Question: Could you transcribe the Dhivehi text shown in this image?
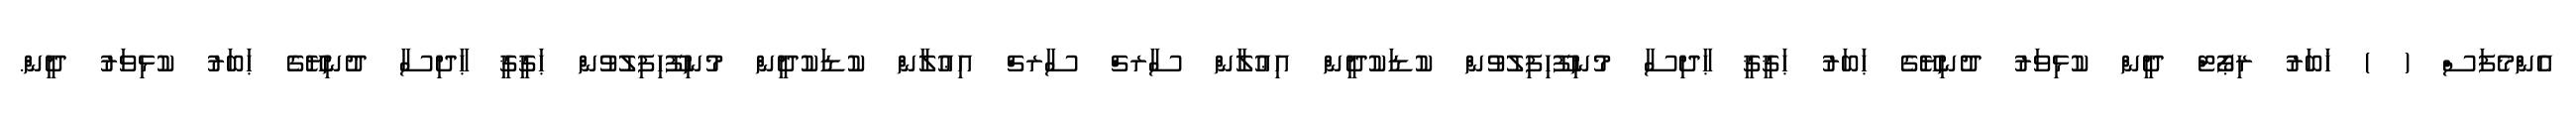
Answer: އެންމެފަސް ( ) ޚަބަރު ރިޕޯޓް ދީން ކުޅިވަރު ދުނިޔޭގެ ޙަބަރު ޙަޤީޤީ ޙާދިސާ މުނިފޫހިފިލުވުން ކުޑަކުދީން އިޢުލާން ސާރޗް ސާރޗް އިޢުލާން ކުޑަކުދީން މުނިފޫހިފިލުވުން ޙަޤީޤީ ޙާދިސާ ދުނިޔޭގެ ޙަބަރު ކުޅިވަރު ދީން.